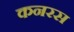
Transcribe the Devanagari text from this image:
कनरस